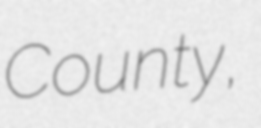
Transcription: County,